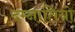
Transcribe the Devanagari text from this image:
दम्नातियो